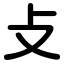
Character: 攴